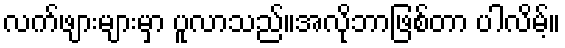
လက်ဖျားများမှာ ပူလာသည်။အလိုဘာဖြစ်တာ ပါလိမ့်။